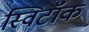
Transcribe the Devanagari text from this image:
स्विटॉक